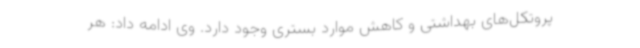
پروتکل‌های بهداشتی و کاهش موارد بستری وجود دارد. وی ادامه داد: هر